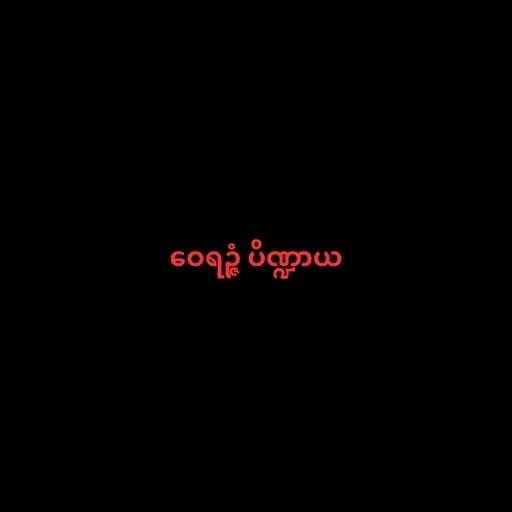
ဝေရဉ္ဇံ ပိဏ္ဍာယ